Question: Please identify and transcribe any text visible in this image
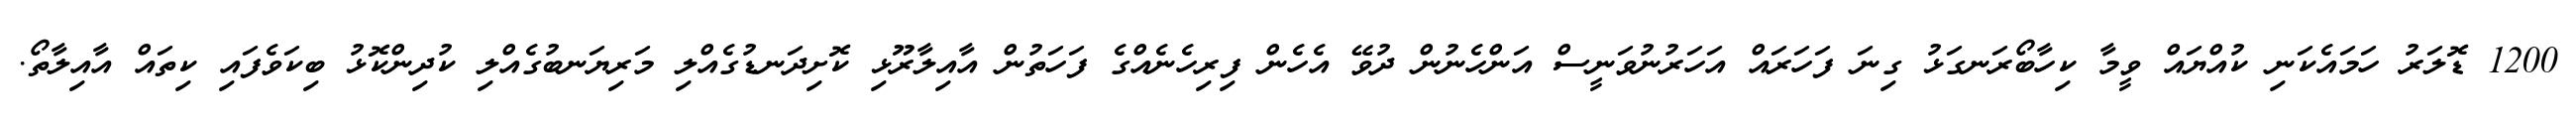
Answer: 1200 ޑޮލަރު ހަމައެކަނި ކުއްޔައް ވީމާ ކިހާބޯރަނގަޅު ގިނަ ފަހަރައް އަހަރުނުވަނީސް އަންހެނުން ދުވޭ އެހެން ފިރިހެނެއްގެ ފަހަތުން އާއިލާރޫޅި ކޮށިދަނޑުގެއްލި މަރިޔަނބުގެއްލި ކުދިންކޮޅު ބިކަވެފައި ކިތައް އާއިލާތޯ.